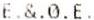
E.&.0.E.